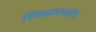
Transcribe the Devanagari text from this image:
शिवछञपतींने